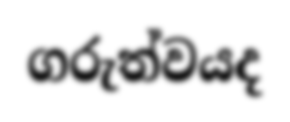
ගරුත්වයද